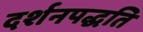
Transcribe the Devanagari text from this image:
दर्शनपद्धति